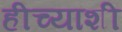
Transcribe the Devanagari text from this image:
हीच्याशी